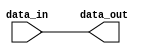
module compensated_buffer (
    input wire data_in,
    output reg data_out
);

// Compensation logic for signal delays and skew issues
assign data_out = data_in;

endmodule